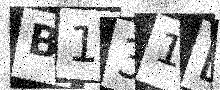
Text: B131LO